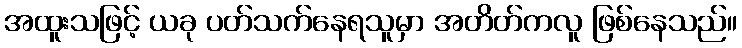
အထူးသဖြင့် ယခု ပတ်သက်နေရသူမှာ အတိတ်ကလူ ဖြစ်နေသည်။